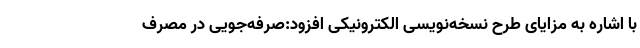
با اشاره به مزایای طرح نسخه‌نویسی الکترونیکی افزود:صرفه‌جویی در مصرف